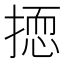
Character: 𱠠